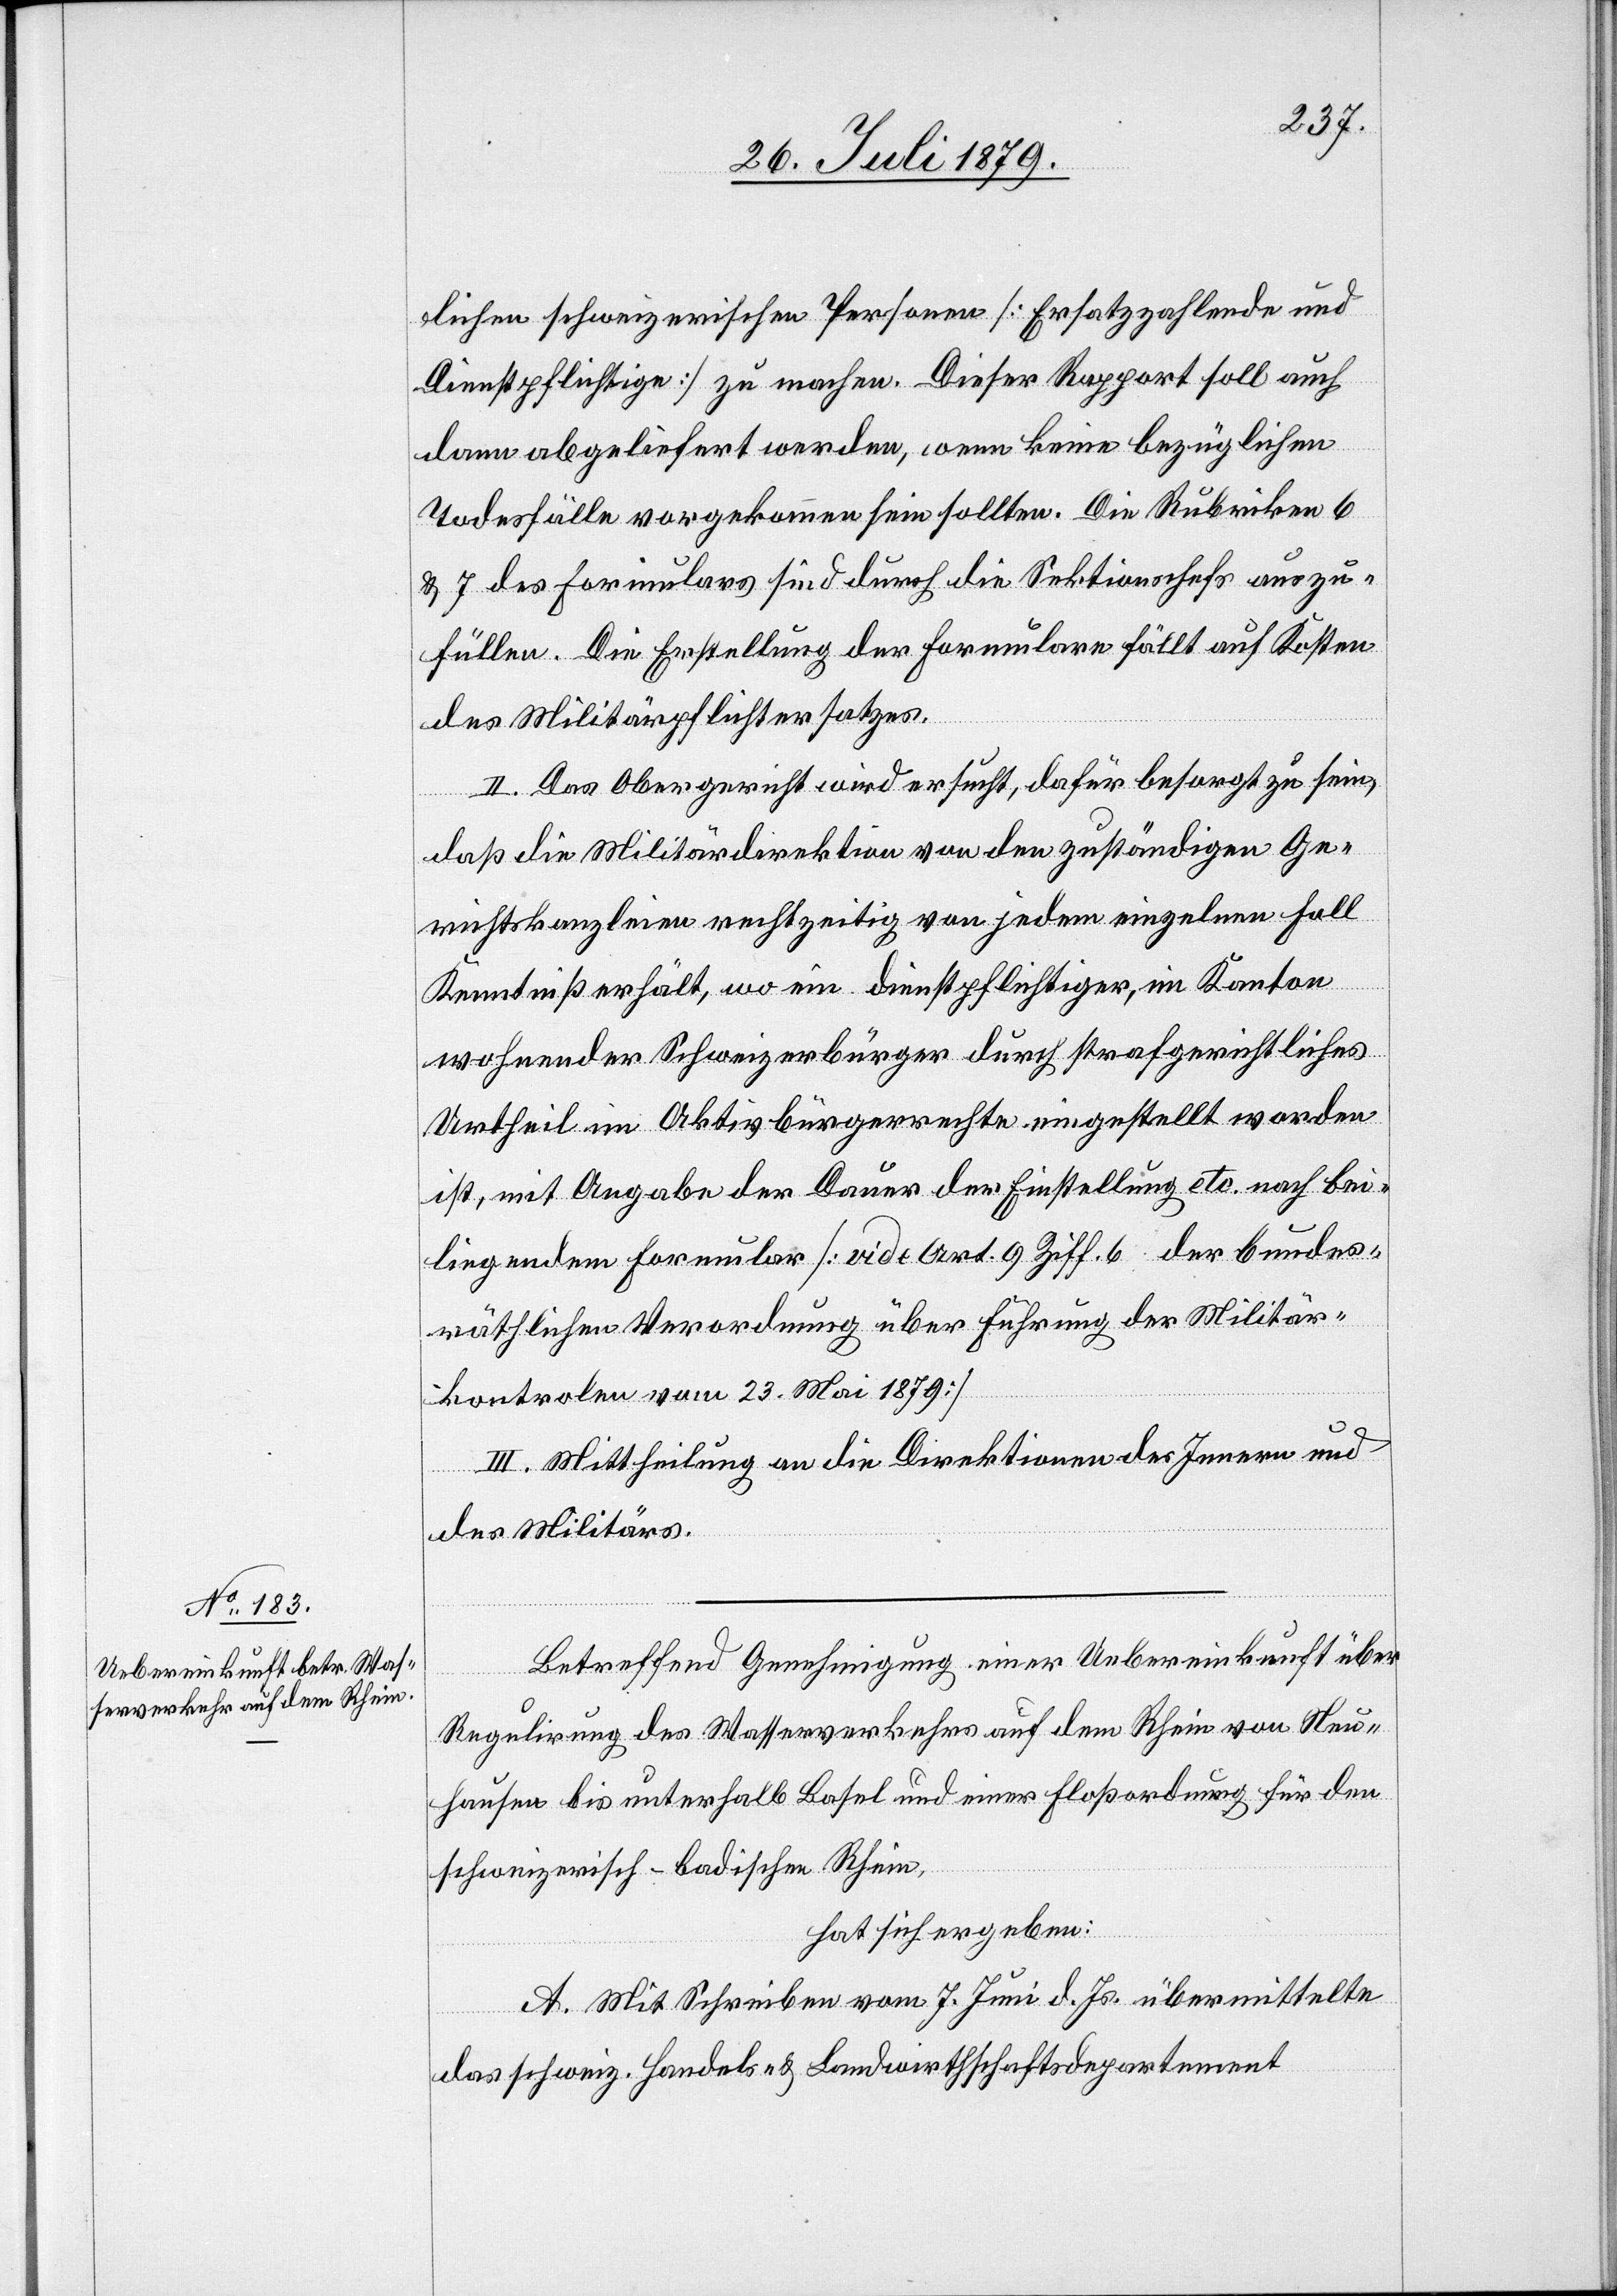
lichen schweizerischen Personen [Ersatzzahlende und
Dienstpflichtige] zu machen. Dieser Rapport soll auch
dann abgeliefert werden, wenn keine bezüglichen
Todesfälle vorgekommen sein sollten. Die Rubriken 6
& 7 des Formulars sind durch die Sektionschefs auszu¬
füllen. Die Erstellung der Formulare fällt auf Kosten
des Militärpflichtersatzes.
II. Das Obergericht wird ersucht, dafür besorgt zu sein,
daß die Militärdirektion von den zuständigen Ge¬
richtskanzleien rechtzeitig von jedem einzelnen Fall
Kenntniß erhält, wo ein dienstpflichtiger, im Kanton
wohnender Schweizerbürger durch strafgerichtliches
Urtheil im Aktivbürgerrechte eingestellt worden
ist, mit Angabe der Dauer der Einstellung etc. nach bei¬
liegendem Formular [vide Art. 9 Ziff. 6 der bundes¬
räthlichen Verordnung über Führung der Mlitär¬
kontrole vom 23. Mai 1879]
III. Mittheilung an die Direktionen des Innern und
des Militärs.
Betreffend Genehmigung einer Uebereinkunft über
Regulirung des Wasserverkehrs auf dem Rhein von Neu¬
hausen bis unterhalb Basel und einer Floßordnung für den
schweizerisch-badischen Rhein,
hat sich ergeben:
A. Mit Schreiben vom 7. Juni d. Js. übermittelte
das schweiz. Handels- & Landwirthschaftsdepartement